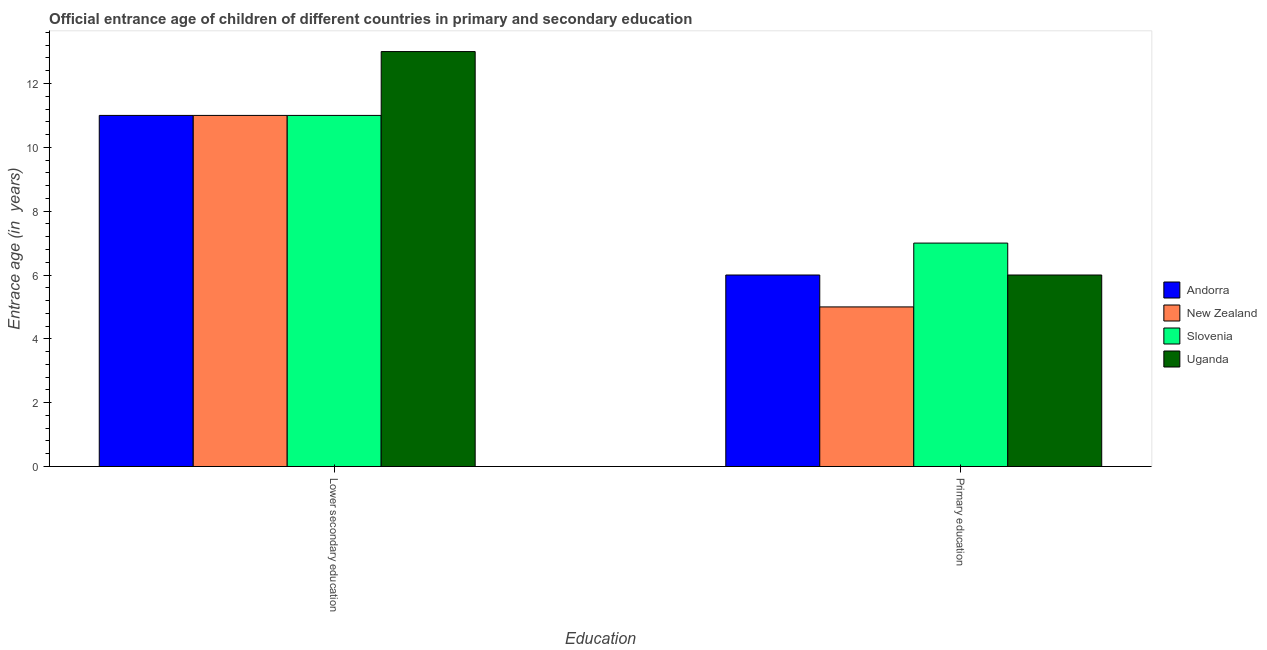
| Education | Andorra | New Zealand | Slovenia | Uganda |
 | --- | --- | --- | --- | --- |
 | Lower secondary education | 11 | 11 | 11 | 13 |
 | Primary education | 6 | 5 | 7 | 6 |